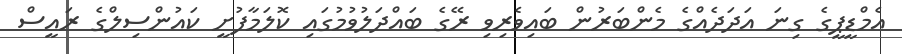
އެމްޑީޕީގެ ގިނަ އަދަދެއްގެ މެންބަރުން ބައިވެރިވި ރޭގެ ބައްދަލުވުމުގައި ކޮލަމާފުށީ ކައުންސިލްގެ ރައީސް